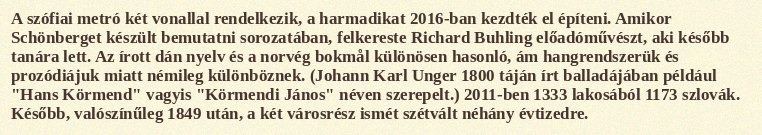
A szófiai metró két vonallal rendelkezik, a harmadikat 2016-ban kezdték el építeni. Amikor Schönberget készült bemutatni sorozatában, felkereste Richard Buhling előadóművészt, aki később tanára lett. Az írott dán nyelv és a norvég bokmål különösen hasonló, ám hangrendszerük és prozódiájuk miatt némileg különböznek. (Johann Karl Unger 1800 táján írt balladájában például "Hans Körmend" vagyis "Körmendi János" néven szerepelt.) 2011-ben 1333 lakosából 1173 szlovák. Később, valószínűleg 1849 után, a két városrész ismét szétvált néhány évtizedre.